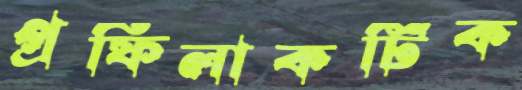
প্রফিলাকটিক